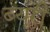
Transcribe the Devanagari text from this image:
ब्यूरी